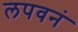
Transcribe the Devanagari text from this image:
लपवनं